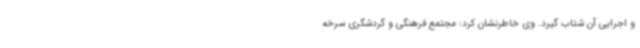
و اجرایی آن شتاب گیرد. وی خاطرنشان کرد: مجتمع فرهنگی و گردشگری سرخه